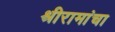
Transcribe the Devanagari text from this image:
श्रीरामांचा